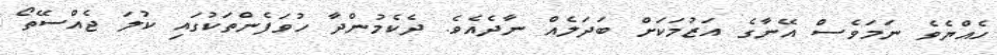
ހެއްޔެވެ ނަމަވެސް އޭނާގެ އަޒުމަކަށް ބަދަލެއް ނާދެއެވެ. ދެކެމުންދާ ހުވަފެންތަކުގައި ކުލަ ޖެއްސޭތޯ